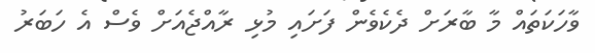
ވާހަކަތައް މާ ބާރަށް ދެކެވެން ފަށައި މުޅި ރާއްޖެއަށް ވެސް އެ ހަބަރު